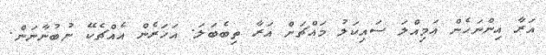
އަރާ އިންނަހެން އަމިއްލަ ސައިކަލު މައްޗަށް އަރާ ތިބެބަލަ. އަހަރެން އެއްޗެކޭ ނުބުނާނަން.